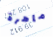
ماهرة